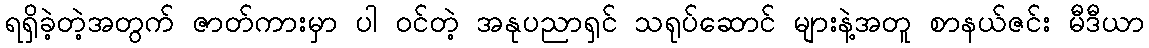
ရရှိခဲ့တဲ့အတွက် ဇာတ်ကားမှာ ပါ ဝင်တဲ့ အနုပညာရှင် သရုပ်ဆောင် များနဲ့အတူ စာနယ်ဇင်း မီဒီယာ